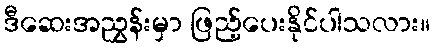
ဒီဆေးအညွှန်းမှာ ဖြည့်ပေးနိုင်ပါသလား။